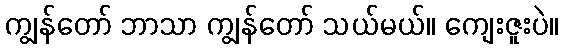
ကျွန်တော် ဘာသာ ကျွန်တော် သယ်မယ်။ ကျေးဇူးပဲ။